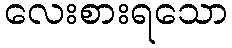
လေးစားရသော